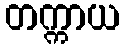
တက္ကာယ